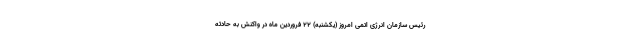
رئیس سازمان انرژی اتمی امروز (یکشنبه) ۲۲ فروردین ماه در واکنش به حادثه